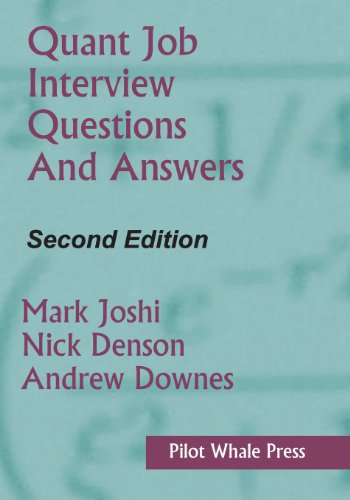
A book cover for Quant Job Interview Questions and Answers (Second Edition); Mark Joshi; Business & Money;